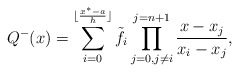
\begin{align*}\begin{aligned}Q^-(x)=\sum_{i=0}^{\lfloor \frac{x^*-a}{h}\rfloor}\tilde{f_i} \prod_{j=0, j\neq i}^{j=n+1}\dfrac{x-x_j}{x_i-x_j},\\\end{aligned}\end{align*}